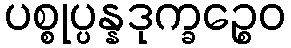
ပစ္စုပ္ပန္နဒုက္ခဉ္စေဝ